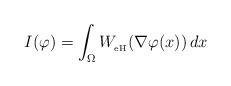
LaTeX: \begin{align*}I(\varphi)=\int_\Omega W_{_{\rm eH}}(\nabla \varphi(x)) \,dx\end{align*}